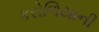
કરોળિયાની